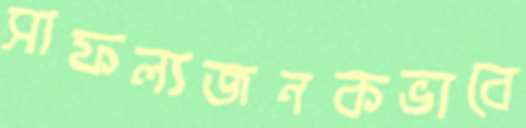
সাফল্যজনকভাবে